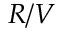
R / V